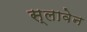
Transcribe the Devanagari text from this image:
स्लावेन